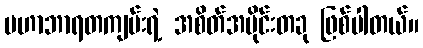
မဟာဘာရတကျမ်းရဲ့ အစိတ်အပိုင်းတခု ဖြစ်ပါတယ်။